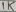
Text: 1K